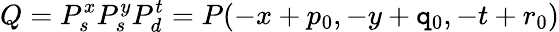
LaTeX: Q=P_{s}^{x}P_{s}^{y}P_{d}^{t}=P(-x+p_{0},-y+\mathtt{q}_{0},-t+r_{0})